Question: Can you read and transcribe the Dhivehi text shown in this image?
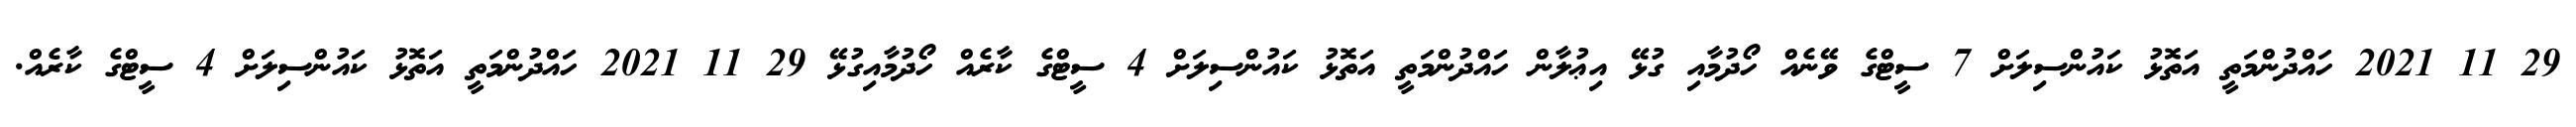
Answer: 29 11 2021 ހައްދުންމަތީ އަތޮޅު ކައުންސިލަށް 7 ސީޓްގެ ވޭނެއް ހޯދުމާއި ގުޅޭ އިޢުލާން ހައްދުންމަތީ އަތޮޅު ކައުންސިލަށް 4 ސީޓްގެ ކާރެއް ހޯދުމާއިގުޅޭ 29 11 2021 ހައްދުންމަތީ އަތޮޅު ކައުންސިލަށް 4 ސީޓްގެ ކާރެއް.